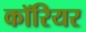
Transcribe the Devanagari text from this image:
कॉरियर